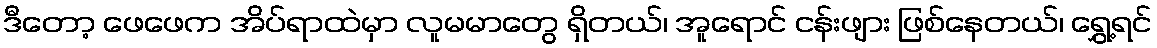
ဒီတော့ ဖေဖေက အိပ်ရာထဲမှာ လူမမာတွေ ရှိတယ်၊ အူရောင် ငန်းဖျား ဖြစ်နေတယ်၊ ရွှေ့ရင်